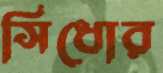
সিধোর